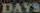
DAYS